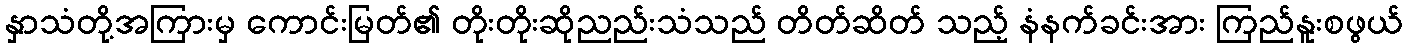
နှာသံတို့အကြားမှ ကောင်းမြတ်၏ တိုးတိုးဆိုညည်းသံသည် တိတ်ဆိတ် သည့် နံနက်ခင်းအား ကြည်နူးစဖွယ်